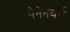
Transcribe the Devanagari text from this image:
पेनेनबर्ग